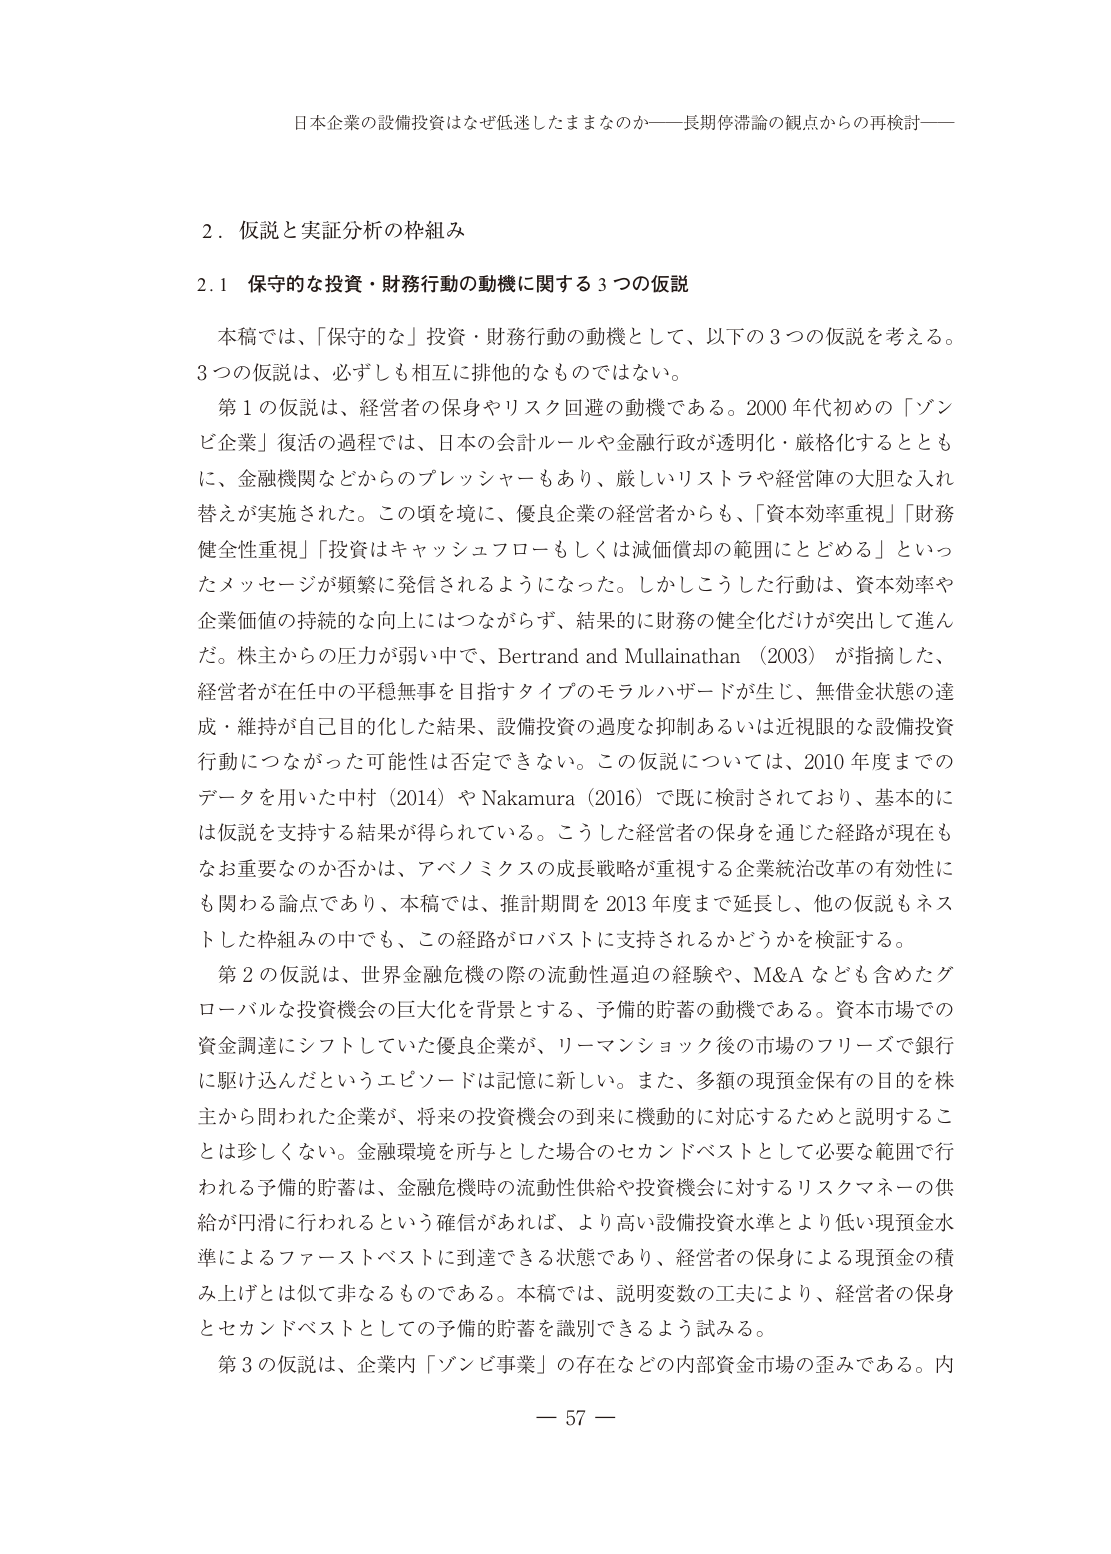
日本企業の設備投資はなぜ低迷したままなのか――長期停滞論の観点からの再検討――

２．仮説と実証分析の枠組み

2.1 保守的な投資・財務行動の動機に関する３つの仮説

本稿では、「保守的な」投資・財務行動の動機として、以下の３つの仮説を考える。
３つの仮説は、必ずしも相互に排他的なものではない。

第１の仮説は、経営者の保身やリスク回避の動機である。2000年代初めの「ゾンビ企業」復活の過程では、日本の会計ルールや金融行政が透明化・厳格化するとともに、金融機関などからのプレッシャーもあり、厳しいリストラや経営陣の大胆な入れ替えが実施された。この頃を境に、優良企業の経営者からも、「資本効率重視」「財務健全性重視」「投資はキャッシュフローもしくは減価償却の範囲にとどめる」といったメッセージが頻繁に発信されるようになった。しかしこうした行動は、資本効率や企業価値の持続的な向上にはつながらず、結果的に財務の健全化だけが突出して進んだ。株主からの圧力が弱い中で、Bertrand and Mullainathan（2003）が指摘した、経営者が在任中の平穏無事を目指すタイプのモラルハザードが生じ、無借金状態の達成・維持が自己目的化した結果、設備投資の過度な抑制あるいは近視眼的な設備投資行動につながった可能性は否定できない。この仮説については、2010年度までのデータを用いた中村（2014）やNakamura（2016）で既に検討されており、基本的には仮説を支持する結果が得られている。こうした経営者の保身を通じた経路が現在もなお重要なのか否かは、アベノミクスの成長戦略が重視する企業統治改革の有効性にも関わる論点であり、本稿では、推計期間を2013年度まで延長し、他の仮説もネストした枠組みの中でも、この経路がロバストに支持されるかどうかを検証する。

第２の仮説は、世界金融危機の際の流動性逼迫の経験や、M&Aなども含めたグローバルな投資機会の巨大化を背景とする、予備的貯蓄の動機である。資本市場での資金調達にシフトしていた優良企業が、リーマンショック後の市場のフリーズで銀行に駆け込んだというエピソードは記憶に新しい。また、多額の現預金保有の目的を株主から問われた企業が、将来の投資機会の到来に機動的に対応するためと説明することは珍しくない。金融環境を所与とした場合のセカンドベストとして必要な範囲で行われる予備的貯蓄は、金融危機時の流動性供給や投資機会に対するリスクマネーの供給が円滑に行われるという確信があれば、より高い設備投資水準とより低い現預金水準によるファーストベストに到達できる状態であり、経営者の保身による現預金の積み上げとは似て非なるものである。本稿では、説明変数の工夫により、経営者の保身とセカンドベストとしての予備的貯蓄を識別できるよう試みる。

第３の仮説は、企業内「ゾンビ事業」の存在などの内部資金市場の歪みである。内

－ 57 －